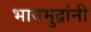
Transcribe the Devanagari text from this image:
भावमुद्रांनी